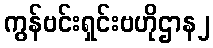
ကွန်ဗင်းရှင်းဗဟိုဌာန၂